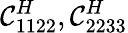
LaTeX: \mathcal{C}_{1122}^{H},\mathcal{C}_{2233}^{H}